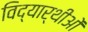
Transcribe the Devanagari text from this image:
विद्यार्थीओं